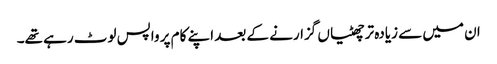
ان میں سے زیادہ تر چھٹیاں گزارنے کے بعد اپنے کام پر واپس لوٹ رہے تھے۔